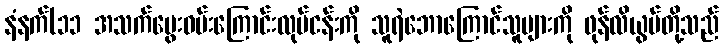
နံနက်(၁၁ အသက်မွေးဝမ်းကြောင်းလုပ်ငန်းကို သူရဲဘောကြောင်သူများကို ဖုန်လိယွမ်တို့သည်